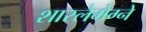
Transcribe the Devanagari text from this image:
शारलेमेग्ने